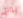
يوم